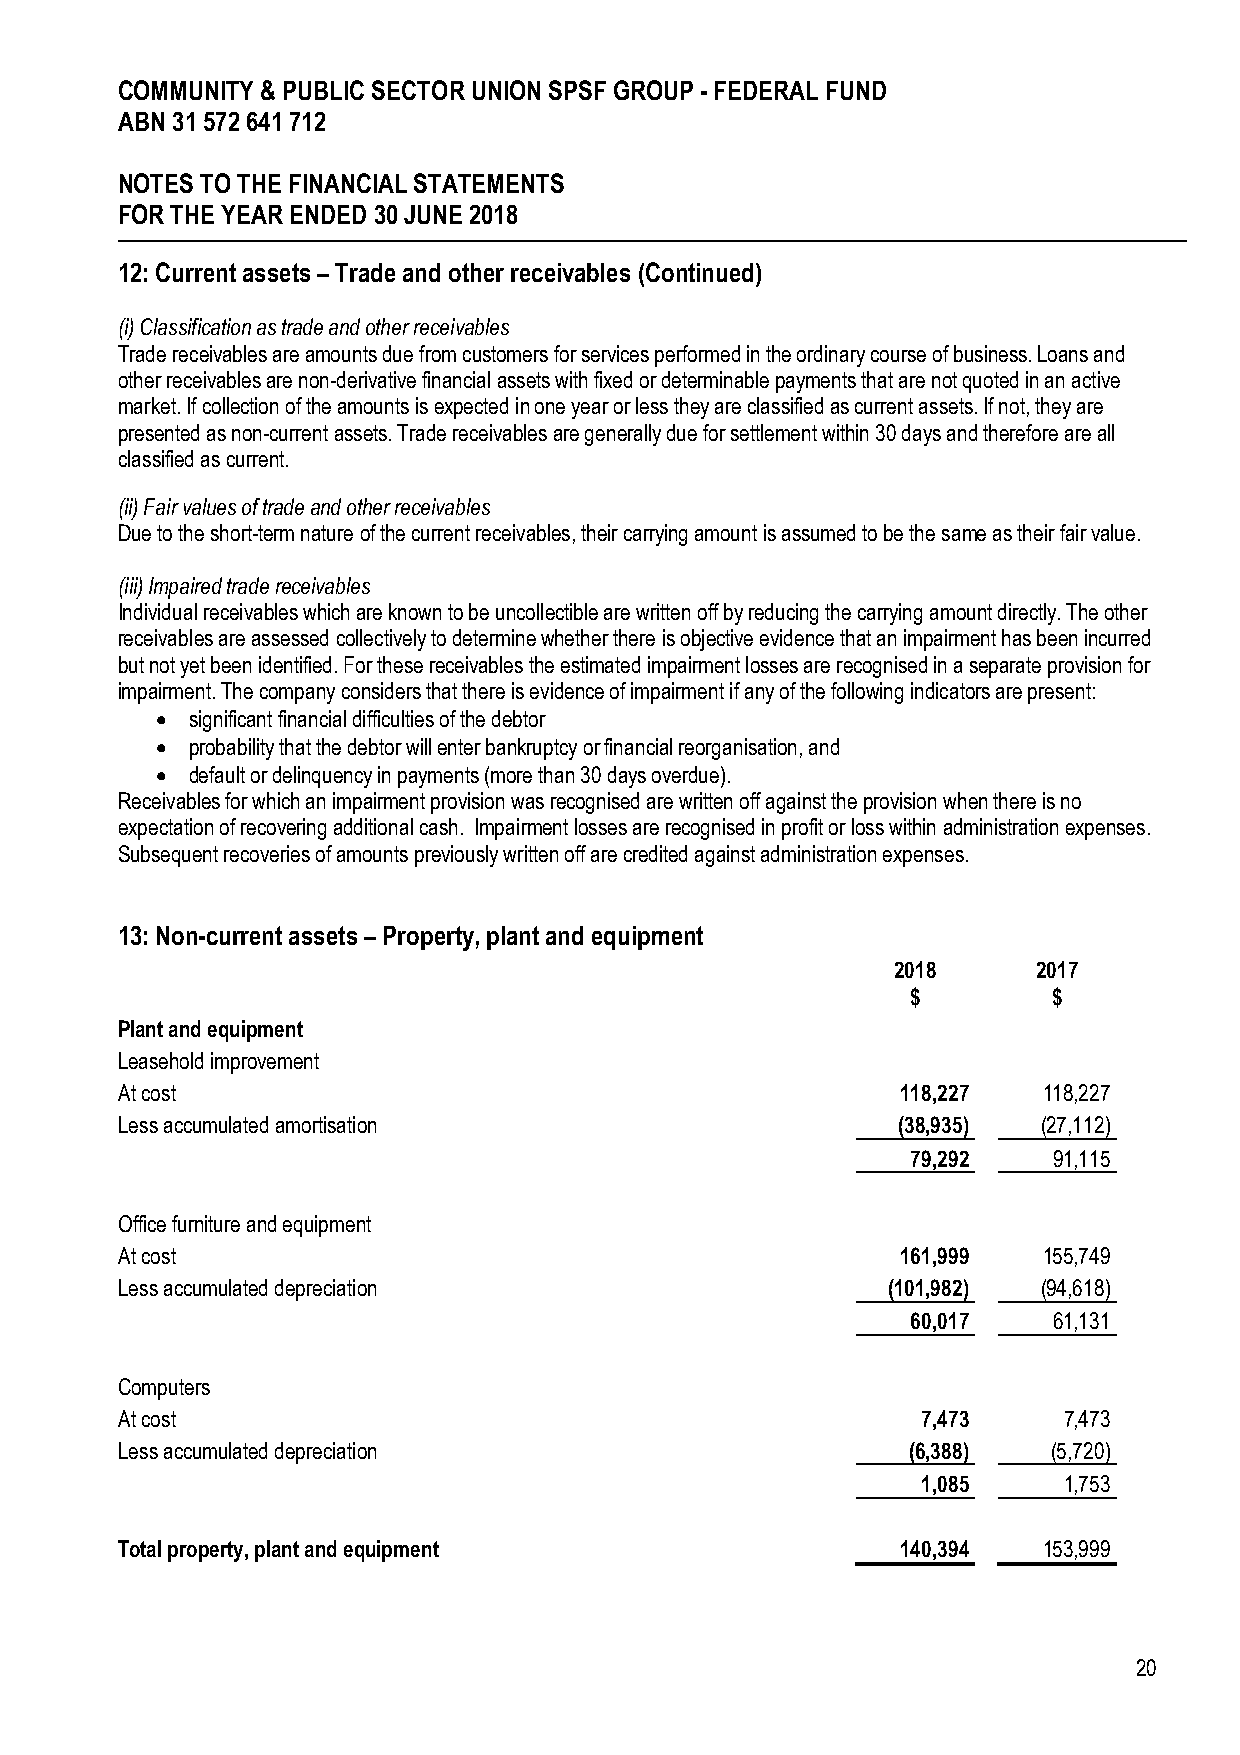
COMMUNITY & PUBLIC SECTOR UNION SPSF GROUP - FEDERAL FUND
 ABN 31 572 641 712
 NOTES TO THE FINANCIAL STATEMENTS
 FOR THE YEAR ENDED 30 JUNE 2018
 12: Current assets – Trade and other receivables (Continued)
 (i) Classification as trade and other receivables
 Trade receivables are amounts due from customers for services performed in the ordinary course of business. Loans and
 other receivables are non-derivative financial assets with fixed or determinable payments that are not quoted in an active
 market. If collection of the amounts is expected in one year or less they are classified as current assets. If not, they are
 presented as non-current assets. Trade receivables are generally due for settlement within 30 days and therefore are all
 classified as current.
 (ii) Fair values of trade and other receivables
 Due to the short-term nature of the current receivables, their carrying amount is assumed to be the same as their fair value.
 (iii) Impaired trade receivables
 Individual receivables which are known to be uncollectible are written off by reducing the carrying amount directly. The other
 receivables are assessed collectively to determine whether there is objective evidence that an impairment has been incurred
 but not yet been identified. For these receivables the estimated impairment losses are recognised in a separate provision for
 impairment. The company considers that there is evidence of impairment if any of the following indicators are present:
 • significant financial difficulties of the debtor
 • probability that the debtor will enter bankruptcy or financial reorganisation, and
 • default or delinquency in payments (more than 30 days overdue).
 Receivables for which an impairment provision was recognised are written off against the provision when there is no
 expectation of recovering additional cash. Impairment losses are recognised in profit or loss within administration expenses.
 Subsequent recoveries of amounts previously written off are credited against administration expenses.
 13: Non-current assets – Property, plant and equipment
 2018      2017
 $         $
 Plant and equipment
 Leasehold improvement
 At cost                                             118,227  118,227
 Less accumulated amortisation                      (38,935)  (27,112)
 79,292    91,115
 Office furniture and equipment
 At cost                                             161,999  155,749
 Less accumulated depreciation                      (101,982) (94,618)
 60,017    61,131
 Computers
 At cost                                              7,473    7,473
 Less accumulated depreciation                       (6,388)   (5,720)
 1,085    1,753
 Total property, plant and equipment                 140,394  153,999
 20